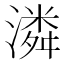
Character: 潾